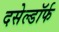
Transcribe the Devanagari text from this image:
दसेल्डॉर्फ